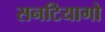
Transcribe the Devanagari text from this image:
सनटियागो